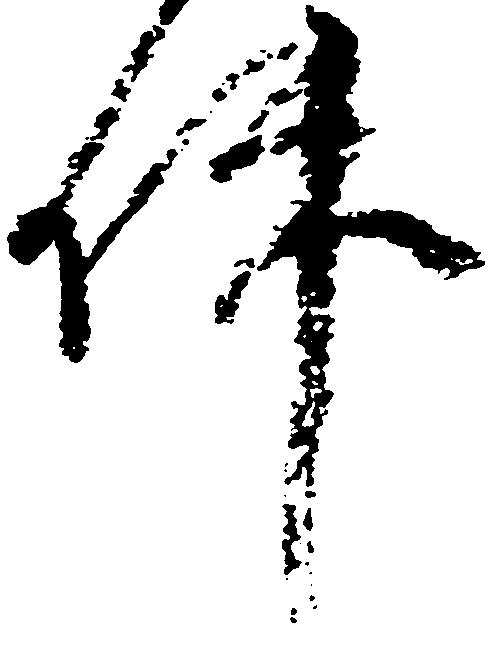
件